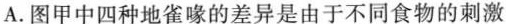
A.图甲中四种地雀喙的差异是由于不同食物的刺激